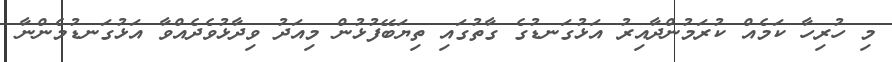
މި ހުރިހާ ކަމެއް ކުރަމުންދާއިރު އަޅުގަނޑުގެ ގާތުގައި ތިޔަބޭފުޅުން މިއަދު ވިދާޅުވެދެއްވާ އަޅުގަނޑުމެންނާ